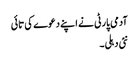
آدمی پارٹی نے اپنے دعوے کی تائی
نئی دہلی۔